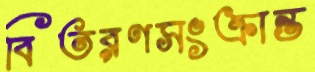
বিতরণসংক্রান্ত